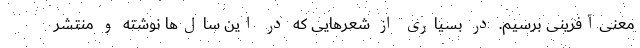
معنی‌آفرینی برسیم. در بسیاری از شعرهایی که در این سال‌ها نوشته و منتشر